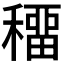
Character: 𥢋